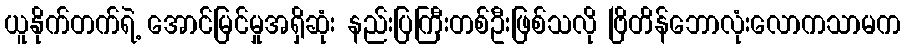
ယူနိုက်တက်ရဲ့ အောင်မြင်မှုအရှိဆုံး နည်းပြကြီးတစ်ဦးဖြစ်သလို ဗြိတိန်ဘောလုံးလောကသာမက